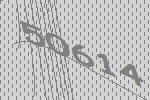
50614